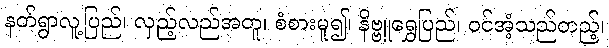
နတ်ရွာလူ့ပြည်၊ လှည့်လည်အတူ၊ စံစားမူ၍၊ နိဗ္ဗူရွှေပြည်၊ ဝင်အံ့သည်တည့်၊